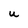
Character: U